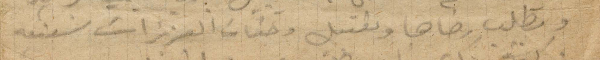
وبطلب رضاها وتقبيل وجنات العزيزات شفيقة